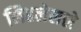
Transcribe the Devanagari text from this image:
लिहलेलले